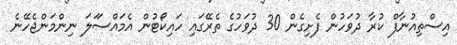
އިސްތިއުނާފް ކުރާ ދުވަހުން ފެށިގެން 30 ދުވަހުގެ ތެރޭގައި ހައިކޯޓުން އެމައްސަަލަ ނިންމަންޖެހޭނެ